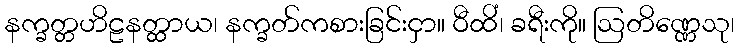
နက္ခတ္တဟိဠနတ္ထာယ၊ နက္ခတ်ကစားခြင်းငှာ။ ဝီထိံ၊ ခရီးကို။ ဩတိဏ္ဏေသု၊